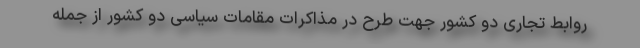
روابط تجاری دو کشور جهت طرح در مذاکرات مقامات سیاسی دو کشور از جمله